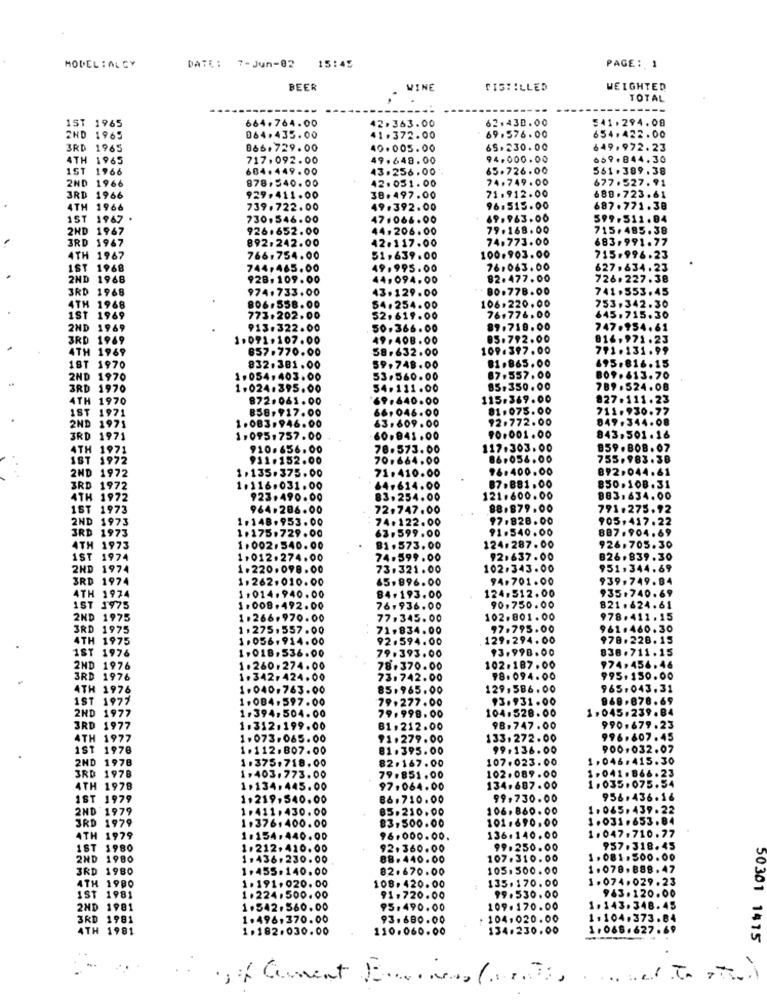
MODEL : AL CY
DATE: 7-Jun-82
15:45
PAGE: 1
BEER
WINE
DISTILLED
WEIGHTED
TOTAL
1ST 1965
664.764.00
62.430.00
541.294.00
42.363.00
2ND 1965
064,435.00
41.372.00
69.576.00
654.422.00
3RD 1965
866.729.00
40.005.00
65.230.00
649.972.23
4TH 1965
717.092.00
49.648.00
94.000.00
669+844.30
1ST 1966
684.449.00
43.256.00
65.726.00
561.389.38
2ND 1966
878,540.00
42.051.00
74.749.00
677.527. 91
71.912.00
3RD 1966
929.411.00
38.497.00
689.723.61
4TH 1966
739.722.00
49.392.00
96.515.00
687.771.38
1ST 1967
730,546.00
47.066.00
69.963.00
599.511.94
2ND 1967
926.652.00
44.206.00
79.168.00
715.485.38
892.242.00
42.117.00
74.773.00
683.991.77
3RD 1967
4TH 1967
766.754.00
51,639.00
100.903.00
715.996.23
IST 1968
744,465.00
49.995.00
76.063.00
627.834.23
2ND 1968
928.109.00
44,094.00
82.477.00
726.227.38
3RD 1968
974.733.00
43.129.00
80.778.00
741.553.45
106.220.00
4TH 1968
806.558.00
54.254.00
753,342.30
1ST 1969
773.202.00
52. 619.00
76.776.00
645.715.30
2HD 1969
913.322.00
50.366.00
89.718.00
747.954.61
3RD 1969
1.091.107.00
49.408.00
05.792.00
816,971 .
4TH 1969
857.770.00
58.632.00
109.397.00
791 .131
81.865.00
695.816
18T 1970
832.381.00
59.748.00
BOS
2ND 1970
1.054,403.00
53.560.00
87.557.00
3RD 1970
1.024.395.00
54.111.00
85,350.00
789.524
OR
4TH
1970
872.061.00
69.640.00
115.369.00
827.
11
.23
1ST
1971
B58.917.00
66,046.00
81.075.00
711.930.
2ND
92.772.00
849 .
$44.08
971
1.083.946.00
63.609.00
3RD 1971
1.095.757.00
60.841.00
90.001.00
843,501.16
4TH 1971
910.656.00
78.573.00
117.303.00
859.808.07
1ST 1972
911.152.00
70.664.00
86.056.00
755,983.38
1.135.375.00
71.410.00
96.400.00
892.044.61
2ND 1972
3RD 1972
1.116.031.00
64.614.00
87.881.00
850.108.31
4TH 1972
923.490.00
83.254.00
121.600.00
883,634.00
1ST 1973
964.206.00
72.747.00
88.879.00
791.275.92
2ND 1973
1.148.953.00
74.122.00
97.828.00
905,417. 22
3RD 1973
1.175.729.00
63.599.00
91.540.00
887.904.69
4TH 1973
1.002.540.00
81.573.00
124.287.00
926.705.30
1ST 1974
1.012.274.00
74.599.00
92.637.00
826.839.30
2HD 1974
1.220.098.00
73.321.00
102.343.00
951,344.69
3RD 1974
1.262.010.00
65,896.00
94.701.00
939.749.84
4TH 1974
124.512.00
1.014.940.00
84.193.00
935.740.69
1ST 1975
1.008.492.00
76.936.00
90,750.00
821. 624.61
2ND 1975
1.266.970.00
77.345.00
102.801.00
978.411.15
3RD 1975
1.275,557.00
71.834.00
97.795.00
961.460.30
4TH 1975
1.056,914.00
92.594.00
129.294.00
978.228.15
1ST 1976
1.018,536.00
79.393.00
13.998.00
838.711.15
2ND 1976
1.260.274.00
78.370.00
102.187.00
974.456.46
3RD 1976
1+342,424.00
73.742.00
98.094.00
995.150.00
4TH 1976
1.040.763.00
85.965.00
129.586.00
965.043.31
1ST 1977
1.084.597.00
79.277.00
$3.931.00
968.878.69
104.528.00
1. 045.239 .84
2ND 1977
1,394,504.00
79.998.00
3RD 1977
1.312.199.00
B1.212.00
98.747.00
990.679.23
4TH 1977
1.073.065.00
91.279.00
133.272.00
996.607.45
1ST 1978
1.112.807.00
81.395.00
99.136.00
900.032.07
2HD 1978
1.375.718.00
82.167.00
107.023.00
1.046.415.30
102.089.00
3RD 1978
1,403.773.00
79.851.00
1,041.866.23
1.035.075.54
4TH 1978
1.134.445.00
97.064.00
134,687.00
IST 1979
1.219,540.00
86.710.00
99,730.00
956.436.16
2ND 1979
1.411.430.00
85.210.00
106.860.00
1.065.439. 22
101.690.00
1.031.653.84
3RD 1979
1.376.400.00
83,500.00
4TH 1979
1.154.440.00
96.000.00.
136.140.00
1. 047. 710.77
1ST 1980
1.212.410.00
92.360.00
99.250.00
957.318.45
2HD
1980
1.436.230.00
88.440.00
107.310.00
1. 081.500.00
3RD
1980
1.455.140.00
82.670.00
105.500.00
1.078.888.47
1.191.020.00
135.170.00
1.074.029. 23
4TH 1980
108,420.00
963.120.00
1ST
1981
1.224.500.00
91.720.00
99.530.00
2HD 1981
1.542.560.00
95.490.00
109.170.00
1.143.348.45
3RD 1981
1.496,370.00
93.680.00
104,020.00
1.104.373.84
4TH 1981
1.182.030.00
110.060.00
134.230.00
1.068. 627. 69
50301 1415